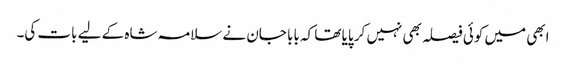
ابھی میں کوئی فیصلہ بھی نہیں کر پایا تھا کہ بابا جان نے سلامہ شاہ کے لیے بات کی۔